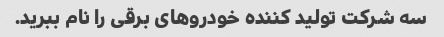
سه شرکت تولید کننده خودروهای برقی را نام ببرید.